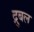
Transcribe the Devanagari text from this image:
द्रुबल